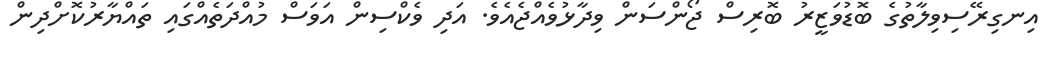
އިނގިރޭސިވިލާތުގެ ބޮޑުވަޒީރު ބޮރިސް ޖޯންސަން ވިދާޅުވެއްޖެއެވެ. އަދި ވެކްސިން އަވަސް މުއްދަތެއްގައި ތައްޔާރުކޮށްދިން